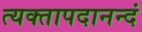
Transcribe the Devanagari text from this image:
त्यक्तापदानन्दं